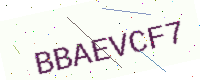
Text: BBAEVCF7